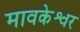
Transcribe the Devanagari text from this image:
मावकेश्वर